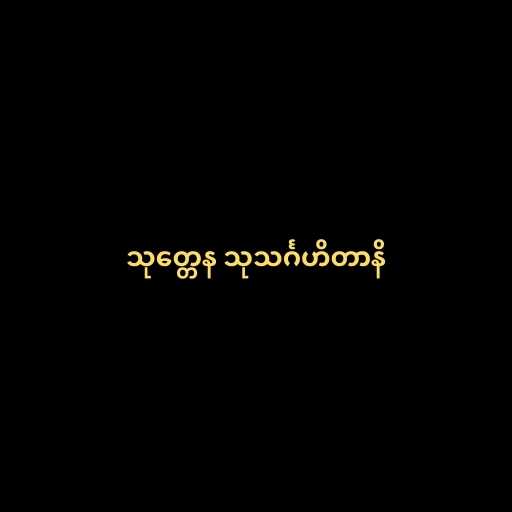
သုတ္တေန သုသင်္ဂဟိတာနိ